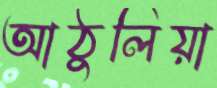
আঠুলিয়া